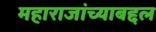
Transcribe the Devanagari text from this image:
महाराजांच्याबद्दल